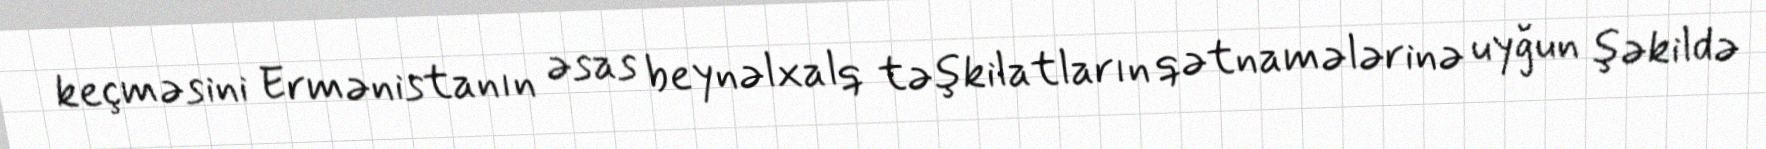
keçməsini Ermənistanın əsas beynəlxalq təşkilatların qətnamələrinə uyğun şəkildə